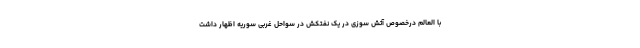
با العالم درخصوص آتش سوزی در یک نفتکش در سواحل غربی سوریه اظهار داشت